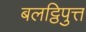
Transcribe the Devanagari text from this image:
बलट्ठिपुत्त